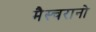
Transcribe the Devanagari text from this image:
मैस्चरानो